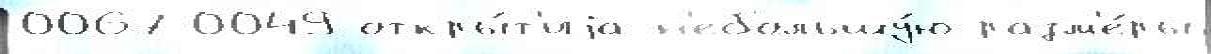
0067-0049 откры́т'иjа н'ебольшу́ю разм'е́ры